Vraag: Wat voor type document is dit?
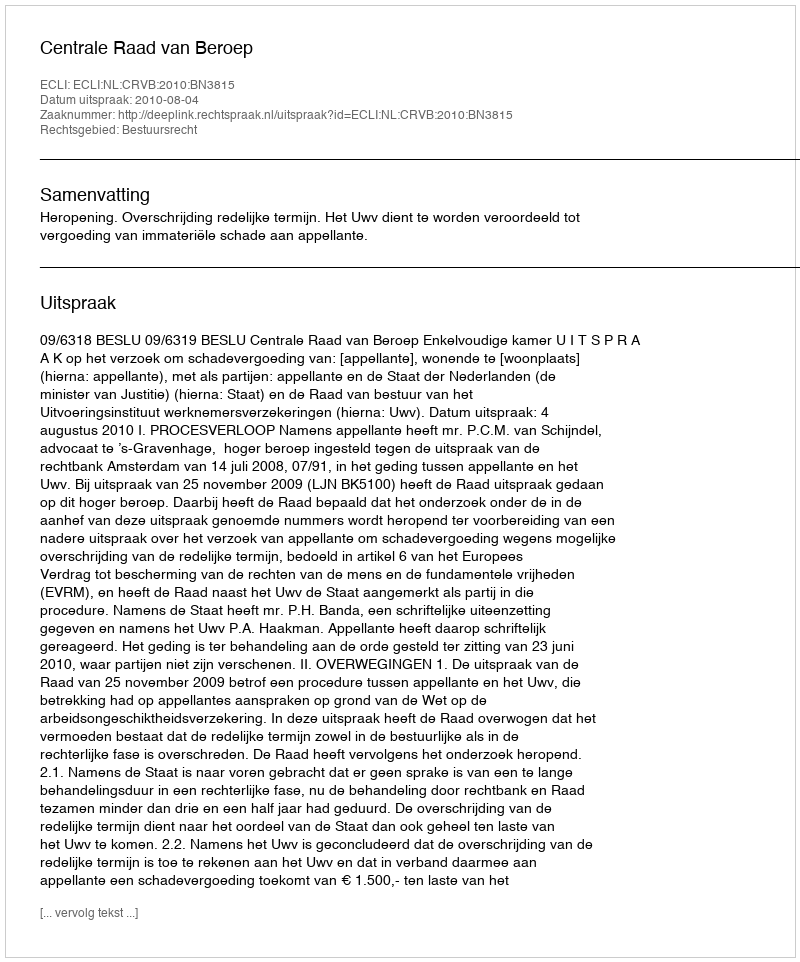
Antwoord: Uitspraak